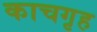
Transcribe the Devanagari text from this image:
काचगृह